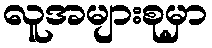
လူအများစုမှာ